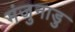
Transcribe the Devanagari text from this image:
मंजुनाडु